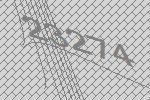
23274